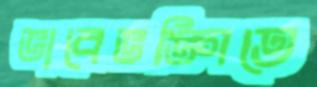
ভাবেভঙ্গিতে